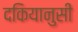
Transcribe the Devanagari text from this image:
दकियानुसी